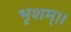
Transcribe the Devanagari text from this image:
भृशम्।।